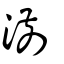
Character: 湔